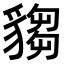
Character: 𧳹